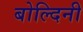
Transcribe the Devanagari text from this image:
बोल्दिनी